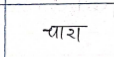
मजकूर: चारा